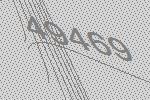
49469